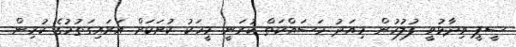
ސީޕީ ވިދާޅުވީ ފުލުހުން މިއަދު މަސައްކަތް ކުރަނީ މީހަކު ކުށަކަށް އަރައިގަތުމުގެ ކުރިން